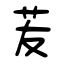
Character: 苃